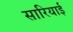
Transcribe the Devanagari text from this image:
सारियाई